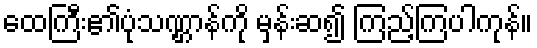
ထေကြီး၏ပုံသဏ္ဌာန်ကို မှန်းဆ၍ ကြည့်ကြပါကုန်။